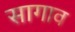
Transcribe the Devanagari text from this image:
सागाव